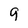
Character: 9